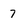
Character: 7